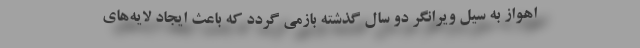
اهواز به سیل ویرانگر دو سال گذشته بازمی گردد که باعث ایجاد لایه‌های